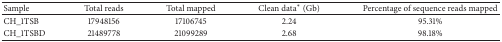
| Sample | Total reads | Total mapped | Clean data∗ (Gb) | Percentage of sequence reads mapped |
 | --- | --- | --- | --- | --- |
 | CH_1TSB | 17948156 | 17106745 | 2.24 | 95.31% |
 | CH_1TSBD | 21489778 | 21099289 | 2.68 | 98.18% |